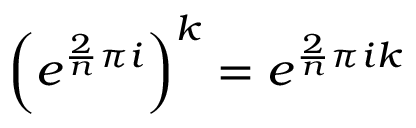
\left( e ^ { { \frac { 2 } { n } } \pi i } \right) ^ { k } = e ^ { { \frac { 2 } { n } } \pi i k }